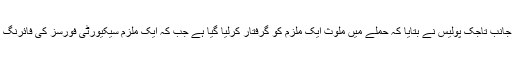
دوسری جانب تاجک پولیس نے بتایا کہ حملے میں ملوث ایک ملزم کو گرفتار کرلیا گیا ہے جب کہ ایک ملزم سیکیورٹی فورسز کی فائرنگ مارا گیا۔